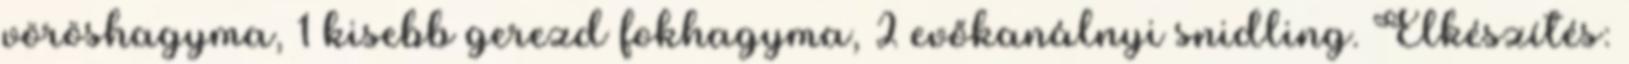
vöröshagyma, 1 kisebb gerezd fokhagyma, 2 evőkanálnyi snidling. Elkészítés: